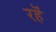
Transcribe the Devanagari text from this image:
रहॆं